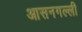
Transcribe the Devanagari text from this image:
आसनगल्ली